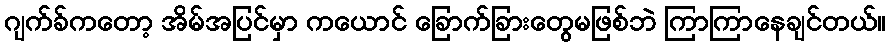
ဂျက်ခ်ကတော့ အိမ်အပြင်မှာ ကယောင် ခြောက်ခြားတွေမဖြစ်ဘဲ ကြာကြာနေချင်တယ်။